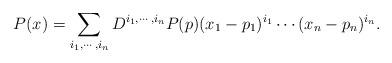
LaTeX: \begin{align*} P(x) = \sum_{i_1,\cdots,i_n} D^{i_1,\cdots,i_n}P(p) (x_1-p_1)^{i_1}\cdots(x_n-p_n)^{i_n}. \end{align*}